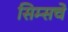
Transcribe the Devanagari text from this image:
सिम्सचे